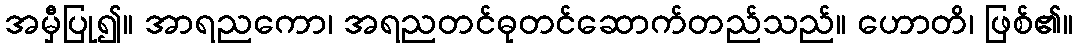
အမှီပြု၍။ အာရညကော၊ အရညတင်ဓုတင်ဆောက်တည်သည်။ ဟောတိ၊ ဖြစ်၏။